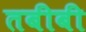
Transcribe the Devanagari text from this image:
तबीबी